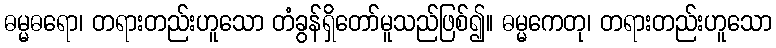
ဓမ္မဓရော၊ တရားတည်းဟူသော တံခွန်ရှိတော်မူသည်ဖြစ်၍။ ဓမ္မကေတု၊ တရားတည်းဟူသော